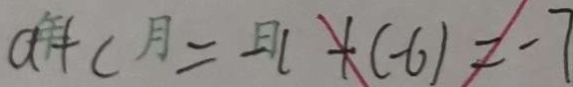
a + b = - 1 + ( - 6 ) = - 7